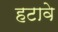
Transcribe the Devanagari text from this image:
हटावे